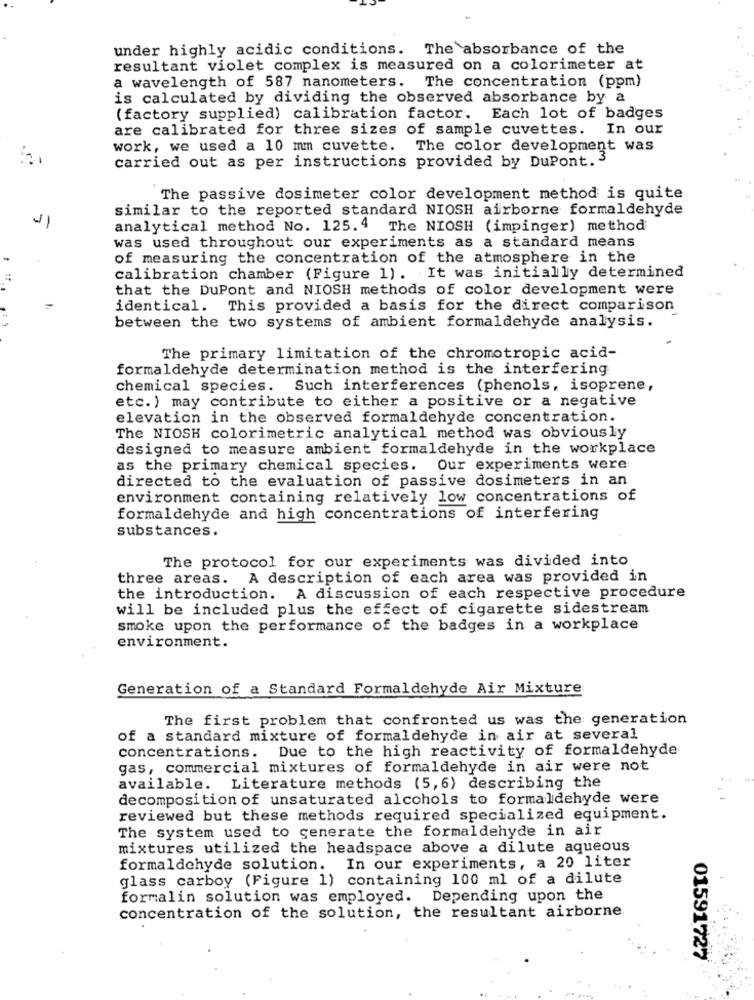
under highly acidic conditions. The absorbance of the
resultant violet complex is measured on a colorimeter at
a wavelength of 587 nanometers. The concentration (ppm)
is calculated by dividing the observed absorbance by a
(factory supplied) calibration factor. Each lot of badges
are calibrated for three sizes of sample cuvettes.
In our
work, we used a 10 mm cuvette.
The color development was
. F
carried out as per instructions provided by DuPont. 3
The passive dosimeter color development method is quite
similar to the reported standard NIOSH airborne formaldehyde
analytical method No. 125.4 The NIOSH (impinger) method
was used throughout our experiments as a standard means
of measuring the concentration of the atmosphere in the
calibration chamber (Figure 1). It was initially determined
that the DuPont and NIOSH methods of color development were
identical. This provided a basis for the direct comparison
between the two systems of ambient formaldehyde analysis.
The primary limitation of the chromotropic acid-
formaldehyde determination method is the interfering
chemical species. Such interferences (phenols, isoprene,
etc.) may contribute to either a positive or a negative
elevation in the observed formaldehyde concentration.
The NIOSH colorimetric analytical method was obviously
designed to measure ambient formaldehyde in the workplace
as the primary chemical species. Our experiments were
directed to the evaluation of passive dosimeters in an
environment containing relatively low concentrations of
formaldehyde and high concentrations of interfering
substances.
The protocol for our experiments was divided into
three areas. A description of each area was provided in
the introduction. A discussion of each respective procedure
will be included plus the effect of cigarette sidestream
smoke upon the performance of the badges in a workplace
environment.
Generation of a Standard Formaldehyde Air Mixture
The first problem that confronted us was the generation
of a standard mixture of formaldehyde in air at several
concentrations. Due to the high reactivity of formaldehyde
gas, commercial mixtures of formaldehyde in air were not
available. Literature methods (5,6) describing the
decomposition of unsaturated alcohols to formaldehyde were
reviewed but these methods required specialized equipment.
The system used to generate the formaldehyde in air
mixtures utilized the headspace above a dilute aqueous
formaldehyde solution. In our experiments, a 20 liter
glass carboy (Figure 1) containing 100 ml of a dilute
formalin solution was employed. Depending upon the
concentration of the solution, the resultant airborne
01591727